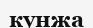
кунжа